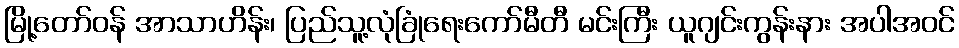
မြို့တော်ဝန် အာသာဟိန်း၊ ပြည်သူ့လုံခြုံရေးကော်မီတီ မင်းကြီး ယူဂျင်းကွန်းနား အပါအဝင်